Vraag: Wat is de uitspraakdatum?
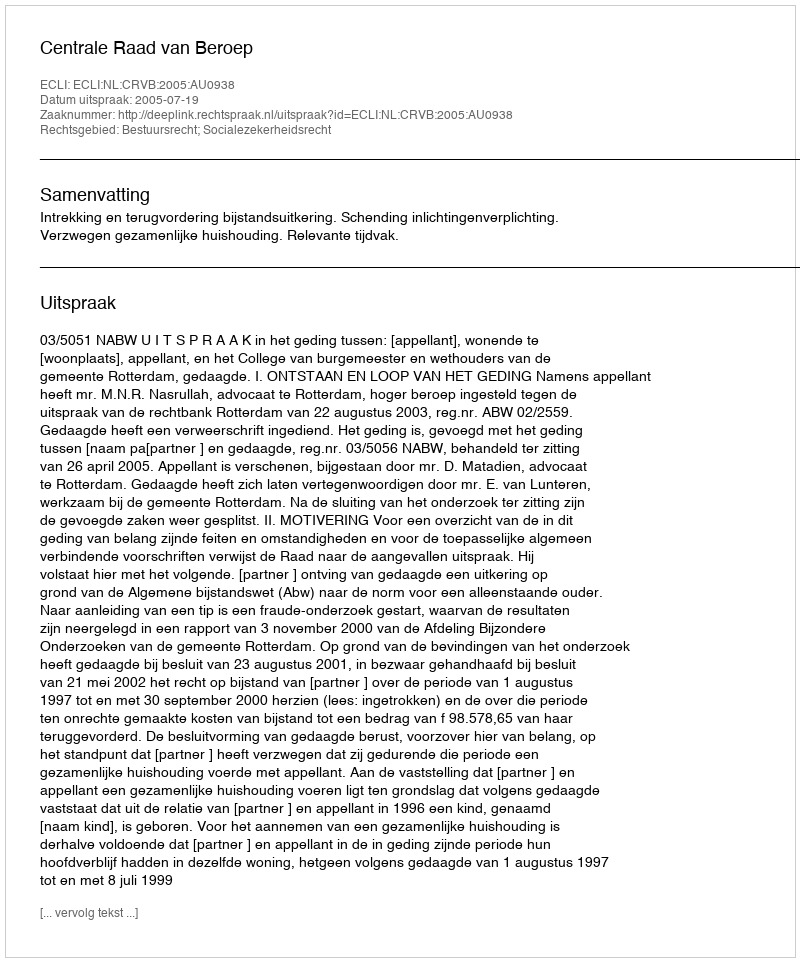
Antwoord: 2005-07-19